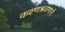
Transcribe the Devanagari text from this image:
करणश्रवणाने